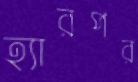
হ্যারপর